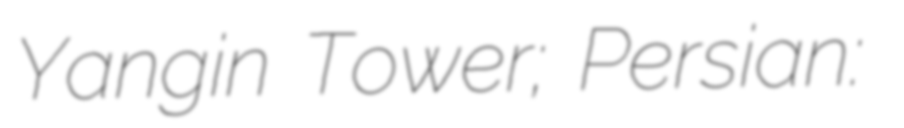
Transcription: Yangin Tower; Persian: برج